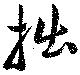
拙